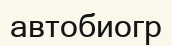
автобиогр